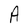
Character: A